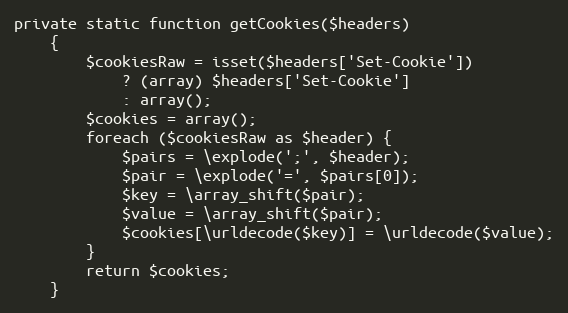
Language: PHP
private static function getCookies($headers)
    {
        $cookiesRaw = isset($headers['Set-Cookie'])
            ? (array) $headers['Set-Cookie']
            : array();
        $cookies = array();
        foreach ($cookiesRaw as $header) {
            $pairs = \explode(';', $header);
            $pair = \explode('=', $pairs[0]);
            $key = \array_shift($pair);
            $value = \array_shift($pair);
            $cookies[\urldecode($key)] = \urldecode($value);
        }
        return $cookies;
    }